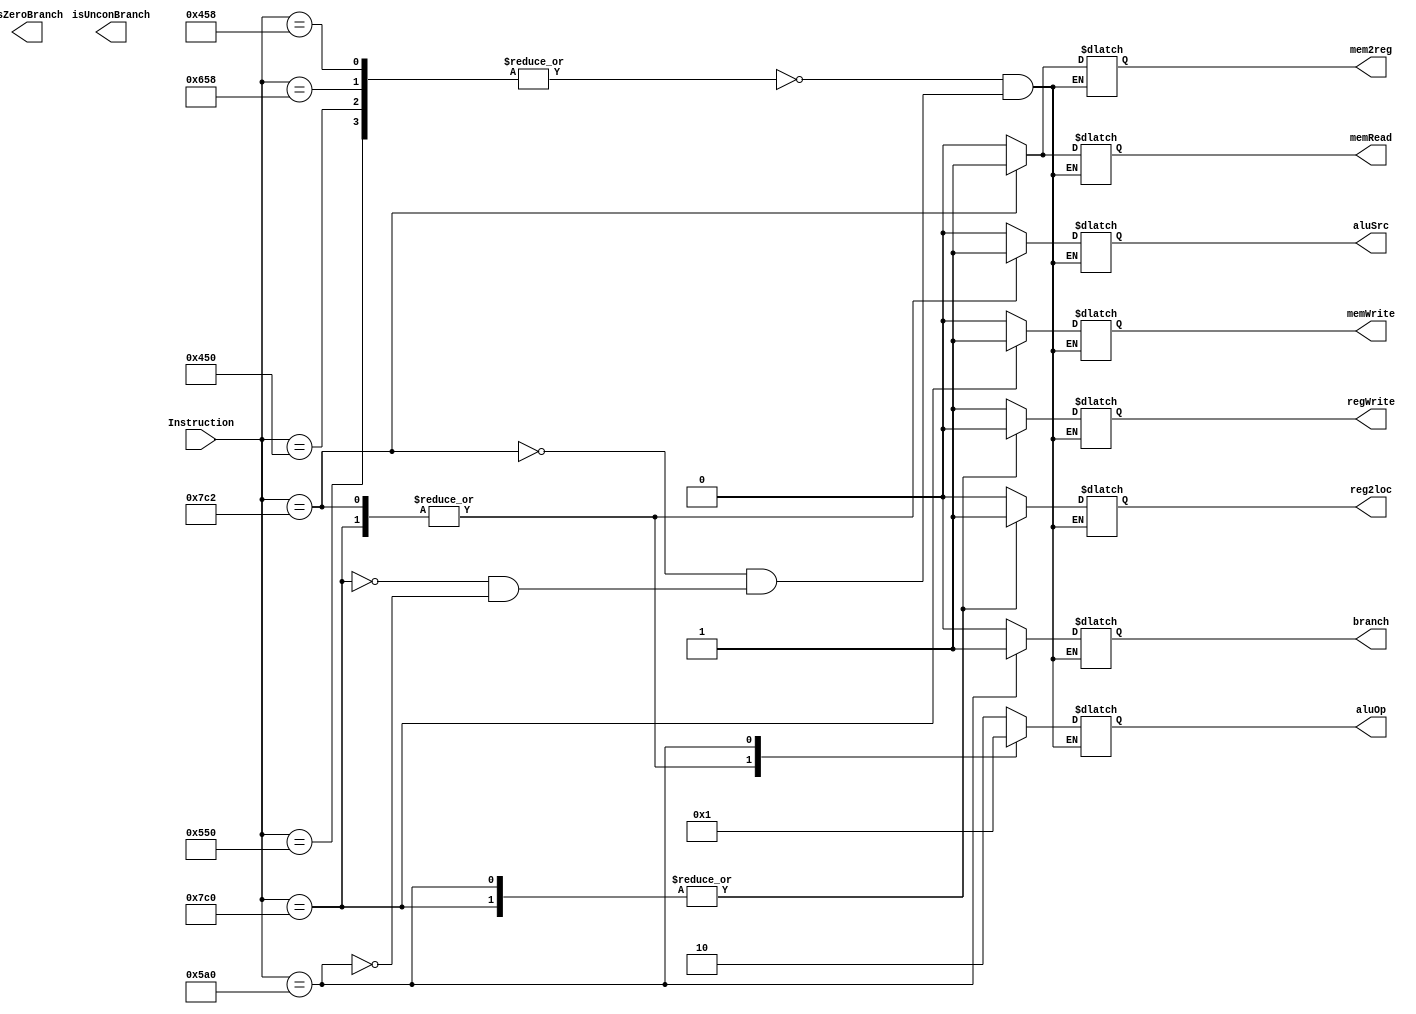
`timescale 1ns / 1ps

module Controller
(
  input [10:0] Instruction,
  output reg isZeroBranch,
  output reg isUnconBranch,

  output reg reg2loc,
  output reg [1:0] aluOp,
  output reg aluSrc,
  output reg memRead,
  output reg memWrite,
  output reg regWrite,
  output reg mem2reg,
  output reg branch
);
  /* OPCode macros */
  `define OPERATION_ADD               'b10001011000
  `define OPERATION_SUB               'b11001011000
  `define OPERATION_AND               'b10001010000
  `define OPERATION_ORR               'b10101010000
  
  `define OPERATION_LDUR              'b11111000010
  `define OPERATION_STUR              'b11111000000
  
  `define OPERATION_CBZ               'b10110100000
  `define OPERATION_B                 'b00000000101

  // Update control lines with each instruction
  always @(*) begin 
    case (Instruction)
      // R-Types have the same control outputs
      `OPERATION_ADD,
      `OPERATION_SUB,
      `OPERATION_AND,
      `OPERATION_ORR: begin
        reg2loc <= 0;
        aluOp <= 2'b10;
        aluSrc <= 0;
        branch <= 0;
        memRead <= 0;
        memWrite <= 0;
        regWrite <= 1;
        mem2reg <= 0;
      end
      `OPERATION_LDUR: begin
        reg2loc <= 'b0;
        aluOp <= 2'b00;
        aluSrc <= 1;
        branch <= 0;
        memRead <= 1;
        memWrite <= 0;
        regWrite <= 1;
        mem2reg <= 1;
      end
      `OPERATION_STUR: begin
        reg2loc <= 1'b1;
        aluOp <= 2'b00;
        aluSrc <= 1;
        branch <= 0;
        memRead <= 0;
        memWrite <= 1;
        regWrite <= 0;
        mem2reg <= 1'bx;
      end
      `OPERATION_CBZ: begin
        reg2loc <= 1'b1;
        aluOp <= 2'b01;
        aluSrc <= 0;
        branch <= 1;
        memRead <= 0;
        memWrite <= 0;
        regWrite <= 0;
        mem2reg <= 1'bx;
      end
    endcase
  end
endmodule